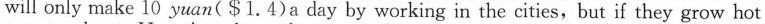
will only make 10 yuan($1.4)a day by working in the cities,but if they grow hot